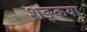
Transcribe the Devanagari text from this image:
शङ्कया